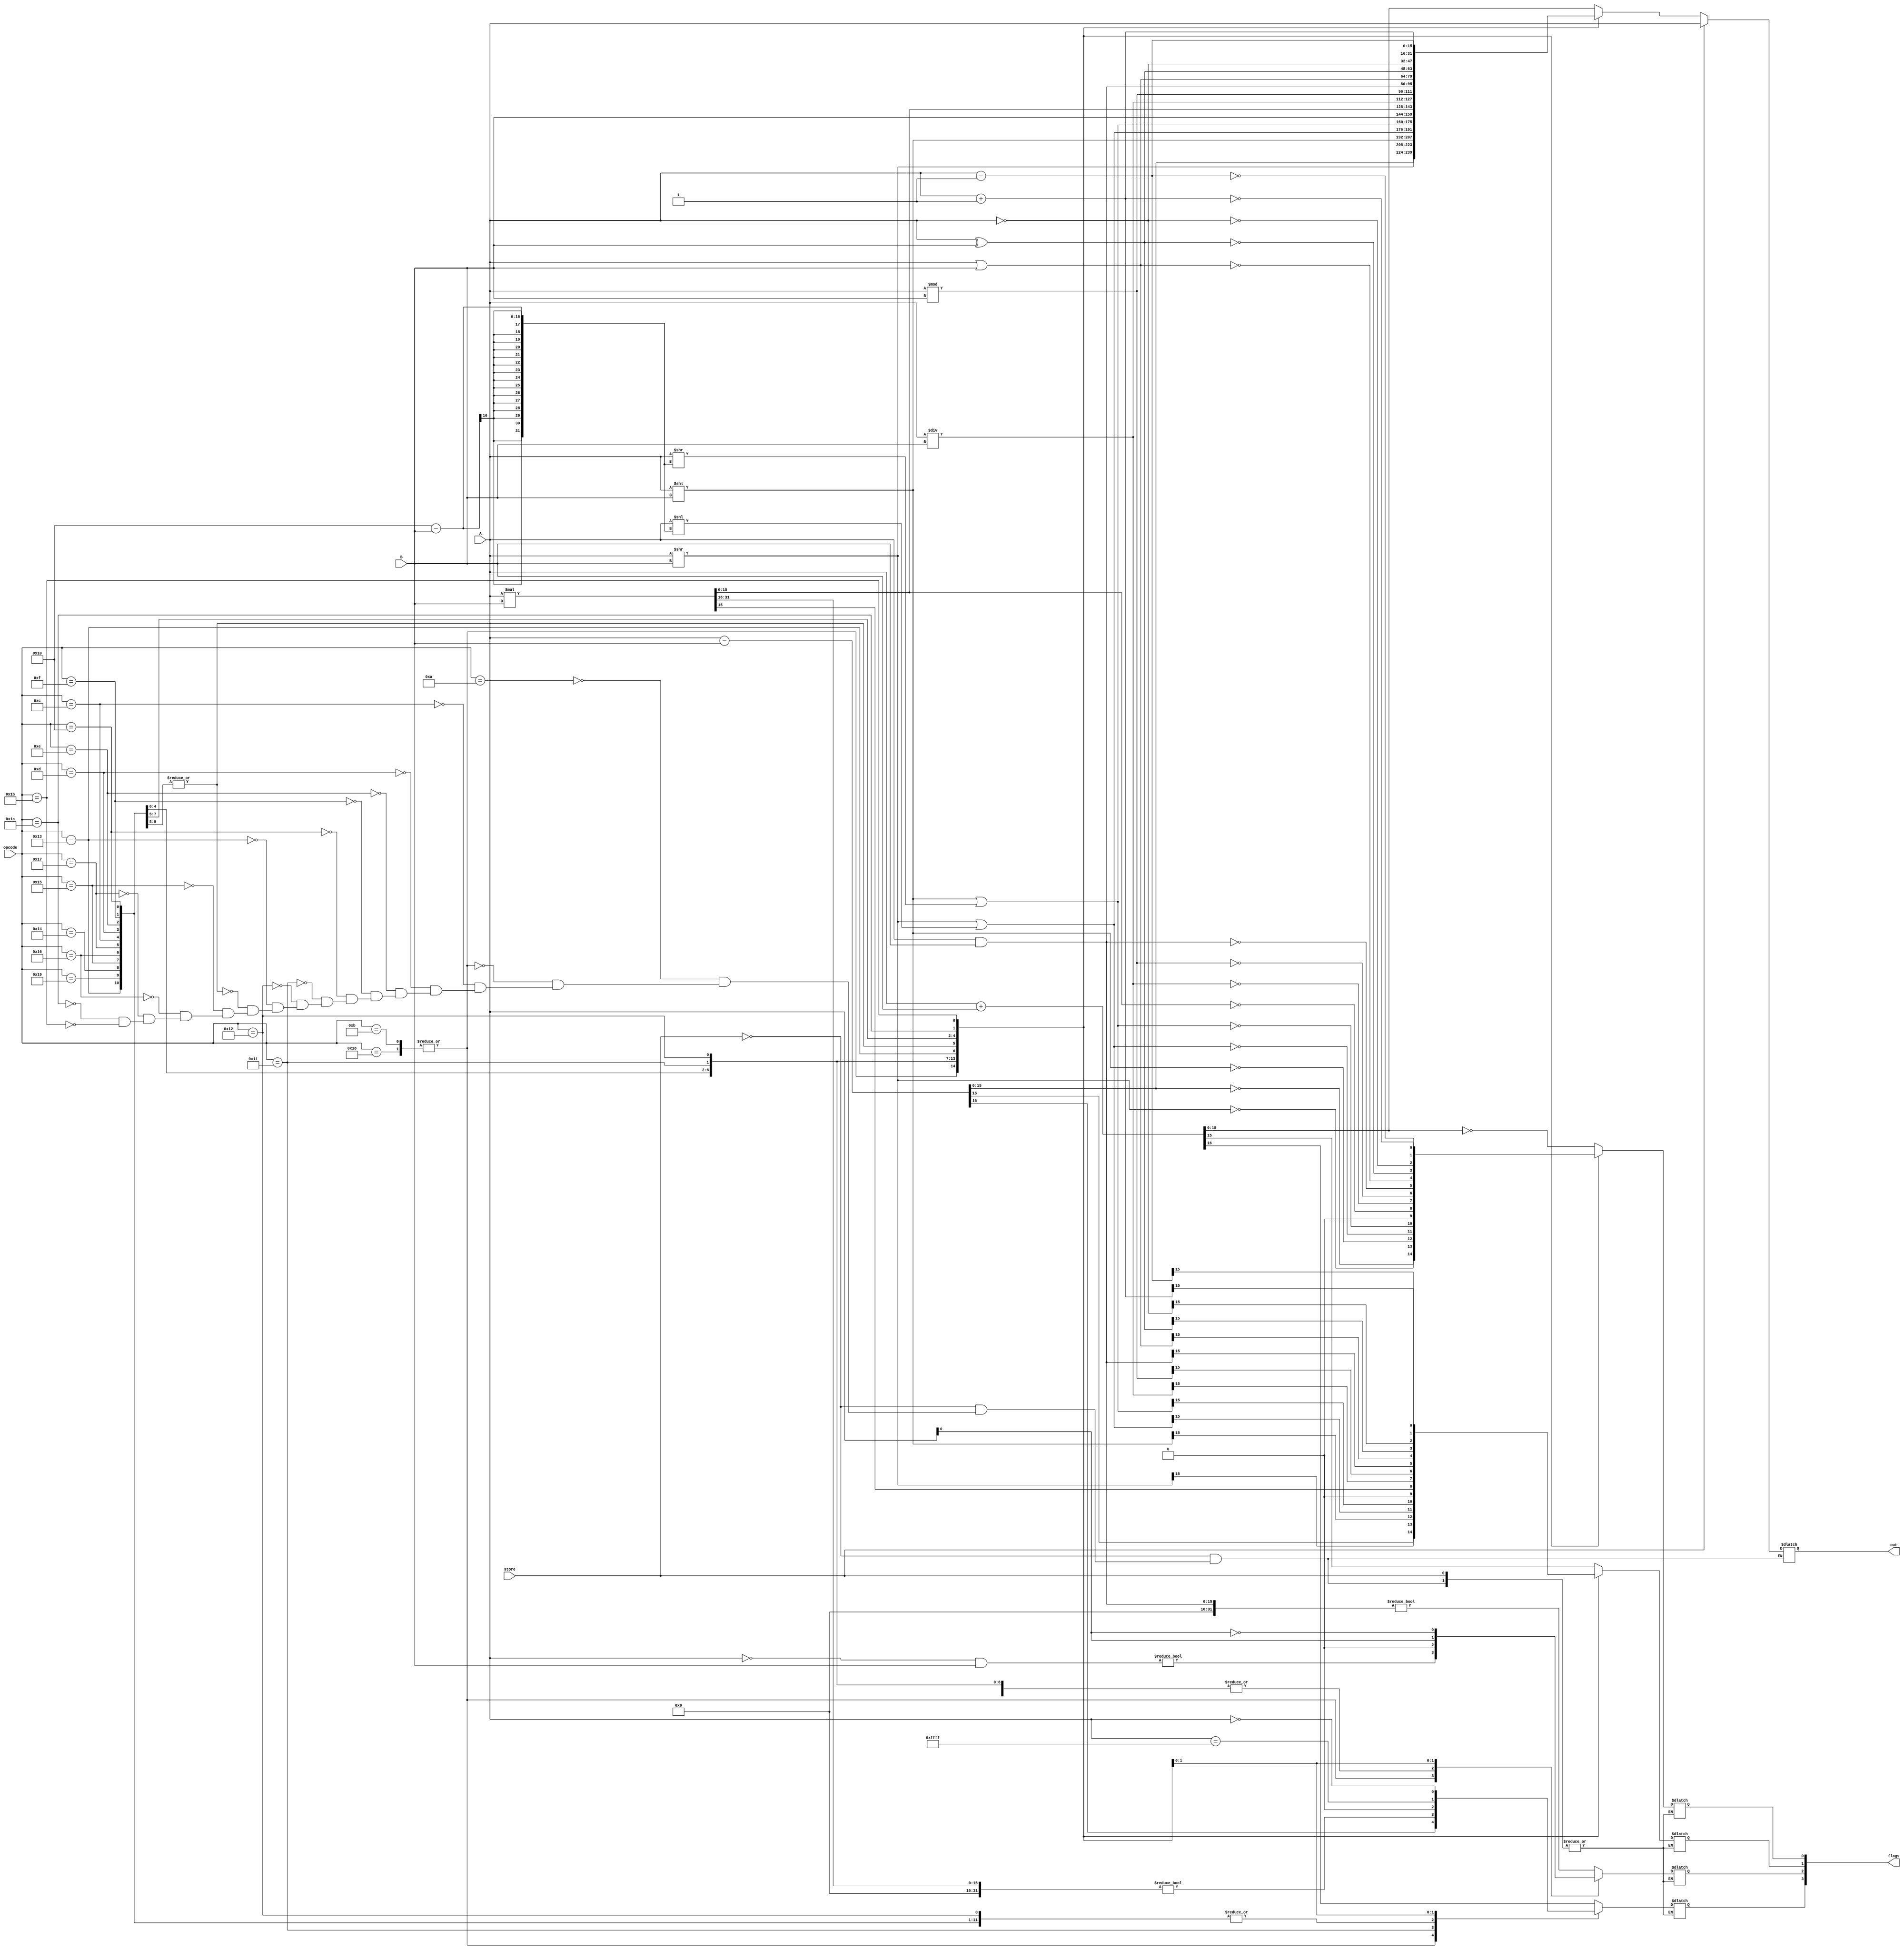
module ALU(
    input store,
    input [15:0] A, B, 
    input [5:0] opcode,  
    output reg [15:0] out,
    output reg [3:0] flags
);
    localparam Z = 0, N = 1, C = 2, O = 3;
    reg [16:0] temp;
    reg [31:0] temp_mul;

    always @* begin
        if(store) out = A;
        else begin 
            case (opcode)
                6'h0A: begin // ADD
                    temp = A + B;
                    out = temp[15:0];
                    flags[Z] = (out == 0);
                    flags[N] = out[15];
                    flags[C] = ((A & B) != 0);
                    flags[O] = temp[16];
                end

                6'h0B, 6'h18: begin // SUB, CMP
                    temp = A - B;
                    out = temp[15:0];
                    flags[Z] = (out == 0);
                    flags[N] = out[15];
                    flags[C] = ((~A & B) != 0);
                    flags[O] = temp[16];
                end

                6'h0C: begin // LSR
                    out = A >> B;
                    flags[Z] = (out == 0);
                    flags[N] = out[15];
                    flags[C] = 0;
                    flags[O] = 0;
                end

                6'h0D: begin // LSL
                    out = A << B;
                    flags[Z] = (out == 0);
                    flags[N] = out[15];
                    flags[C] = 0;
                    flags[O] = 0;
                end

                6'h0E: begin // RSR
                    out = (A >> B) | (A << (16 - B));
                    flags[Z] = (out == 0);
                    flags[N] = out[15];
                    flags[C] = 0;
                    flags[O] = 0;
                end

                6'h0F: begin // RSL
                    out = (A << B) | (A >> (16 - B));
                    flags[Z] = (out == 0);
                    flags[N] = out[15];
                    flags[C] = 0;
                    flags[O] = 0;
                end

                6'h10: begin // MOV
                    out = B;
                    flags = 4'b0;
                end

                6'h11: begin // MUL
                    temp_mul = A * B;
                    out = temp_mul[15:0];
                    flags[Z] = (out == 0);
                    flags[N] = out[15];
                    flags[C] = 0;
                    flags[O] = ((temp_mul >> 16) != 0);
                end

                6'h12: begin // DIV
                    out = A / B;
                    flags[Z] = (out == 0);
                    flags[N] = out[15];
                    flags[C] = 0;
                    flags[O] = 0;
                end

                6'h13: begin // MOD
                    out = A % B;
                    flags[Z] = (out == 0);
                    flags[N] = out[15];
                    flags[C] = 0;
                    flags[O] = 0;
                end

                6'h14, 6'h19: begin // AND, TST
                    out = A & B;
                    flags[Z] = (out == 0);
                    flags[N] = out[15];
                    flags[C] = 0;
                    flags[O] = 0;
                end

                6'h15: begin // OR
                    out = A | B;
                    flags[Z] = (out == 0);
                    flags[N] = out[15];
                    flags[C] = 0;
                    flags[O] = 0;
                end

                6'h16: begin // XOR
                    out = A ^ B;
                    flags[Z] = (out == 0);
                    flags[N] = out[15];
                    flags[C] = 0;
                    flags[O] = 0;
                end

                6'h17: begin // NOT
                    out = ~A;
                    flags[Z] = (out == 0);
                    flags[N] = out[15];
                    flags[C] = 0;
                    flags[O] = 0;
                end

                6'h1A: begin // INC
                    out = A + 1;
                    flags[Z] = (out == 0);
                    flags[N] = out[15];
                    flags[C] = A[0];
                    flags[O] = (A == 16'hFFFF);
                end

                6'h1B: begin // DEC
                    out = A - 1;
                    flags[Z] = (out == 0);
                    flags[N] = out[15];
                    flags[C] = ~A[0];
                    flags[O] = (A == 16'h0000);
                end
            endcase
        end
    end

endmodule